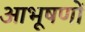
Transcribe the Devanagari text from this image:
आभूषणों